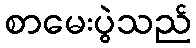
စာမေးပွဲသည်